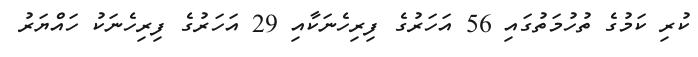
ކުރި ކަމުގެ ތުހުމަތުގައި 56 އަހަރުގެ ފިރިހެނަކާއި 29 އަހަރުގެ ފިރިހެނަކު ހައްޔަރު